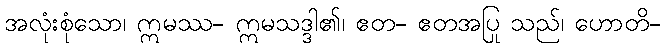
အလုံးစုံသော၊ ဣမဿ- ဣမသဒ္ဒါ၏၊ ဧတ- ဧတအပြု သည်၊ ဟောတိ-